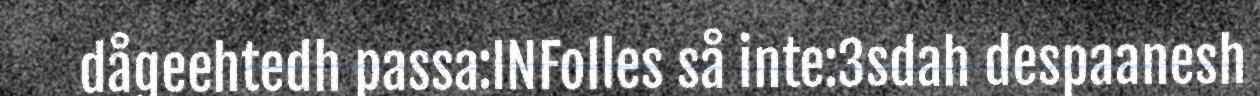
dågeehtedh passa:INFolles så inte:3sdah despaanesh